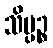
သိပ္ပဉ္စ